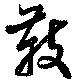
教